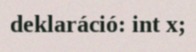
deklaráció: int x;